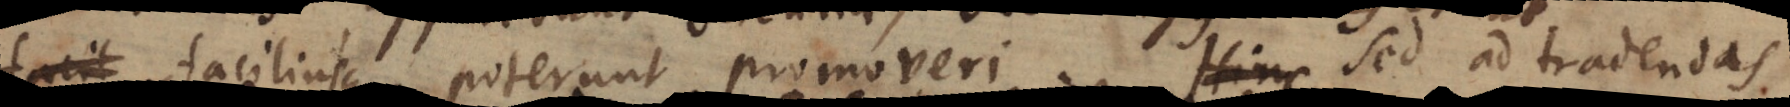
facit faciliusque poterunt promoveri. Hinc Sed ad tradendas